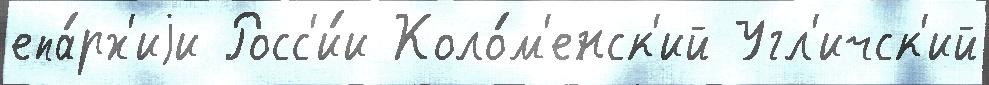
епа́рх'иjи Росс'и́и Коло́м'енск'ий Угл'ичск'ий